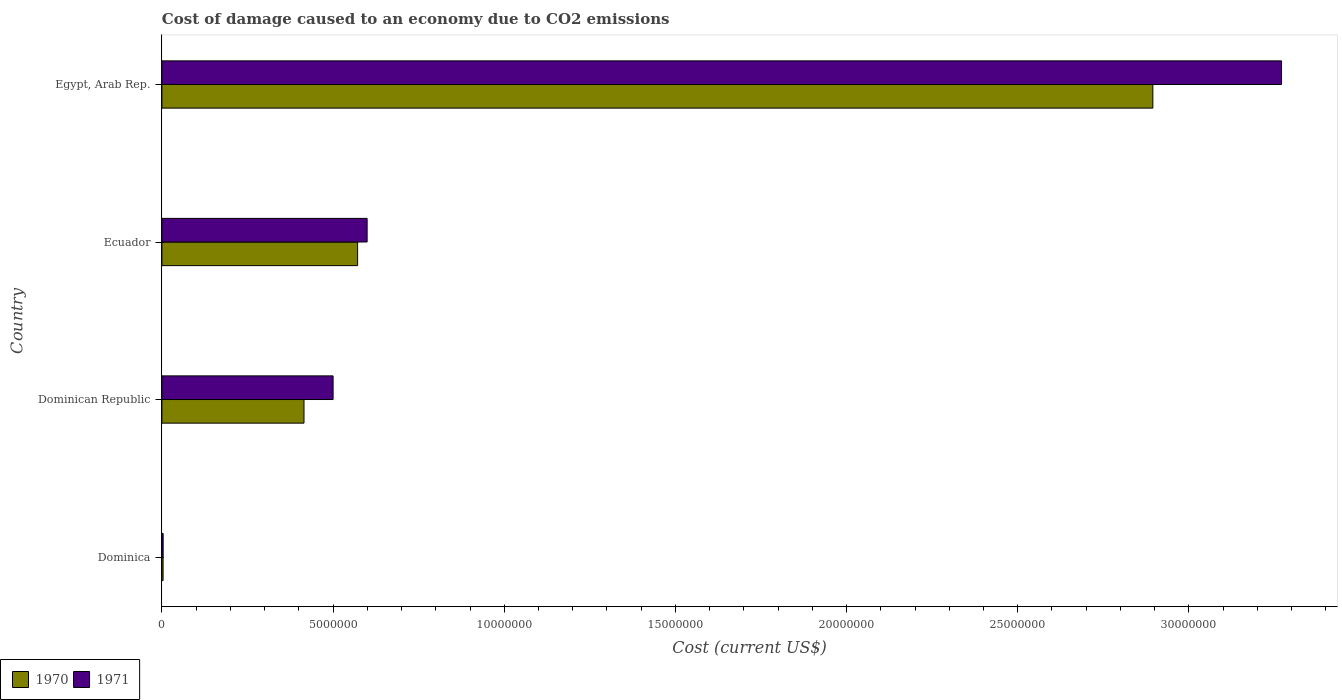
| Country | 1970 | 1971 |
 | --- | --- | --- |
 | Dominica | 3.43e+04 | 3.64e+04 |
 | Dominican Republic | 4.15e+06 | 5e+06 |
 | Ecuador | 5.72e+06 | 5.99e+06 |
 | Egypt, Arab Rep. | 2.89e+07 | 3.27e+07 |